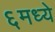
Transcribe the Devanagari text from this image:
६मध्ये